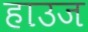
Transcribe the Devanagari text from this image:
हाउज